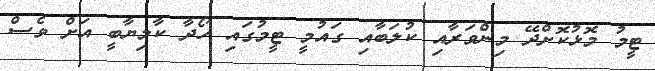
ޓީމު މޮޅުކޮށްދޭ މިންވަރާއި ކުލަބާއި ގައުމީ ޓީމުގައި ހޯދާ ކާމިޔާބީ އަށް ވެސް